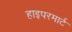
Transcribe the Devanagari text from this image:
हाइपरमार्ट